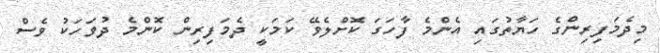
މިދެމަފިރިންގެ ހަޔާތުގައި އެންމެ ފާހަގަ ކޮށްލެވޭ ކަމަކީ ދެމަފިރިން ކޮންމެ ދުވަހަކު ވެސް